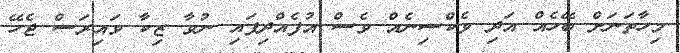
މިހާތަނަށް ބޭހެއް އަދި ވެކްސިނެއް ވެސް އުފެއްދިފައި ނުވާ ޒިކާ ވައިރަސް ޖެހޭ